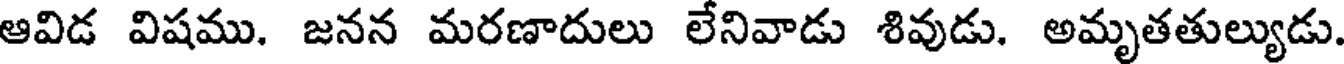
ఆవిడ విషము. జనన మరణాదులు లేనివాడు శివుడు. అమృతతుల్యుడు.